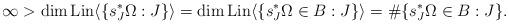
LaTeX: \begin{align*}\infty>\dim{\rm Lin}\langle \{s_J^*\Omega:J\}\rangle=\dim{\rm Lin}\langle \{s_J^*\Omega\in B:J\}\rangle=\#\{s_J^*\Omega\in B:J\}.\end{align*}